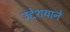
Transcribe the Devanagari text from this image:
उद्देशयाने